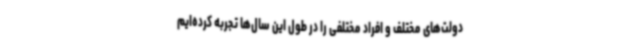
دولت‌های مختلف و افراد مختلفی را در طول این سال‌ها تجربه کرده‌ایم